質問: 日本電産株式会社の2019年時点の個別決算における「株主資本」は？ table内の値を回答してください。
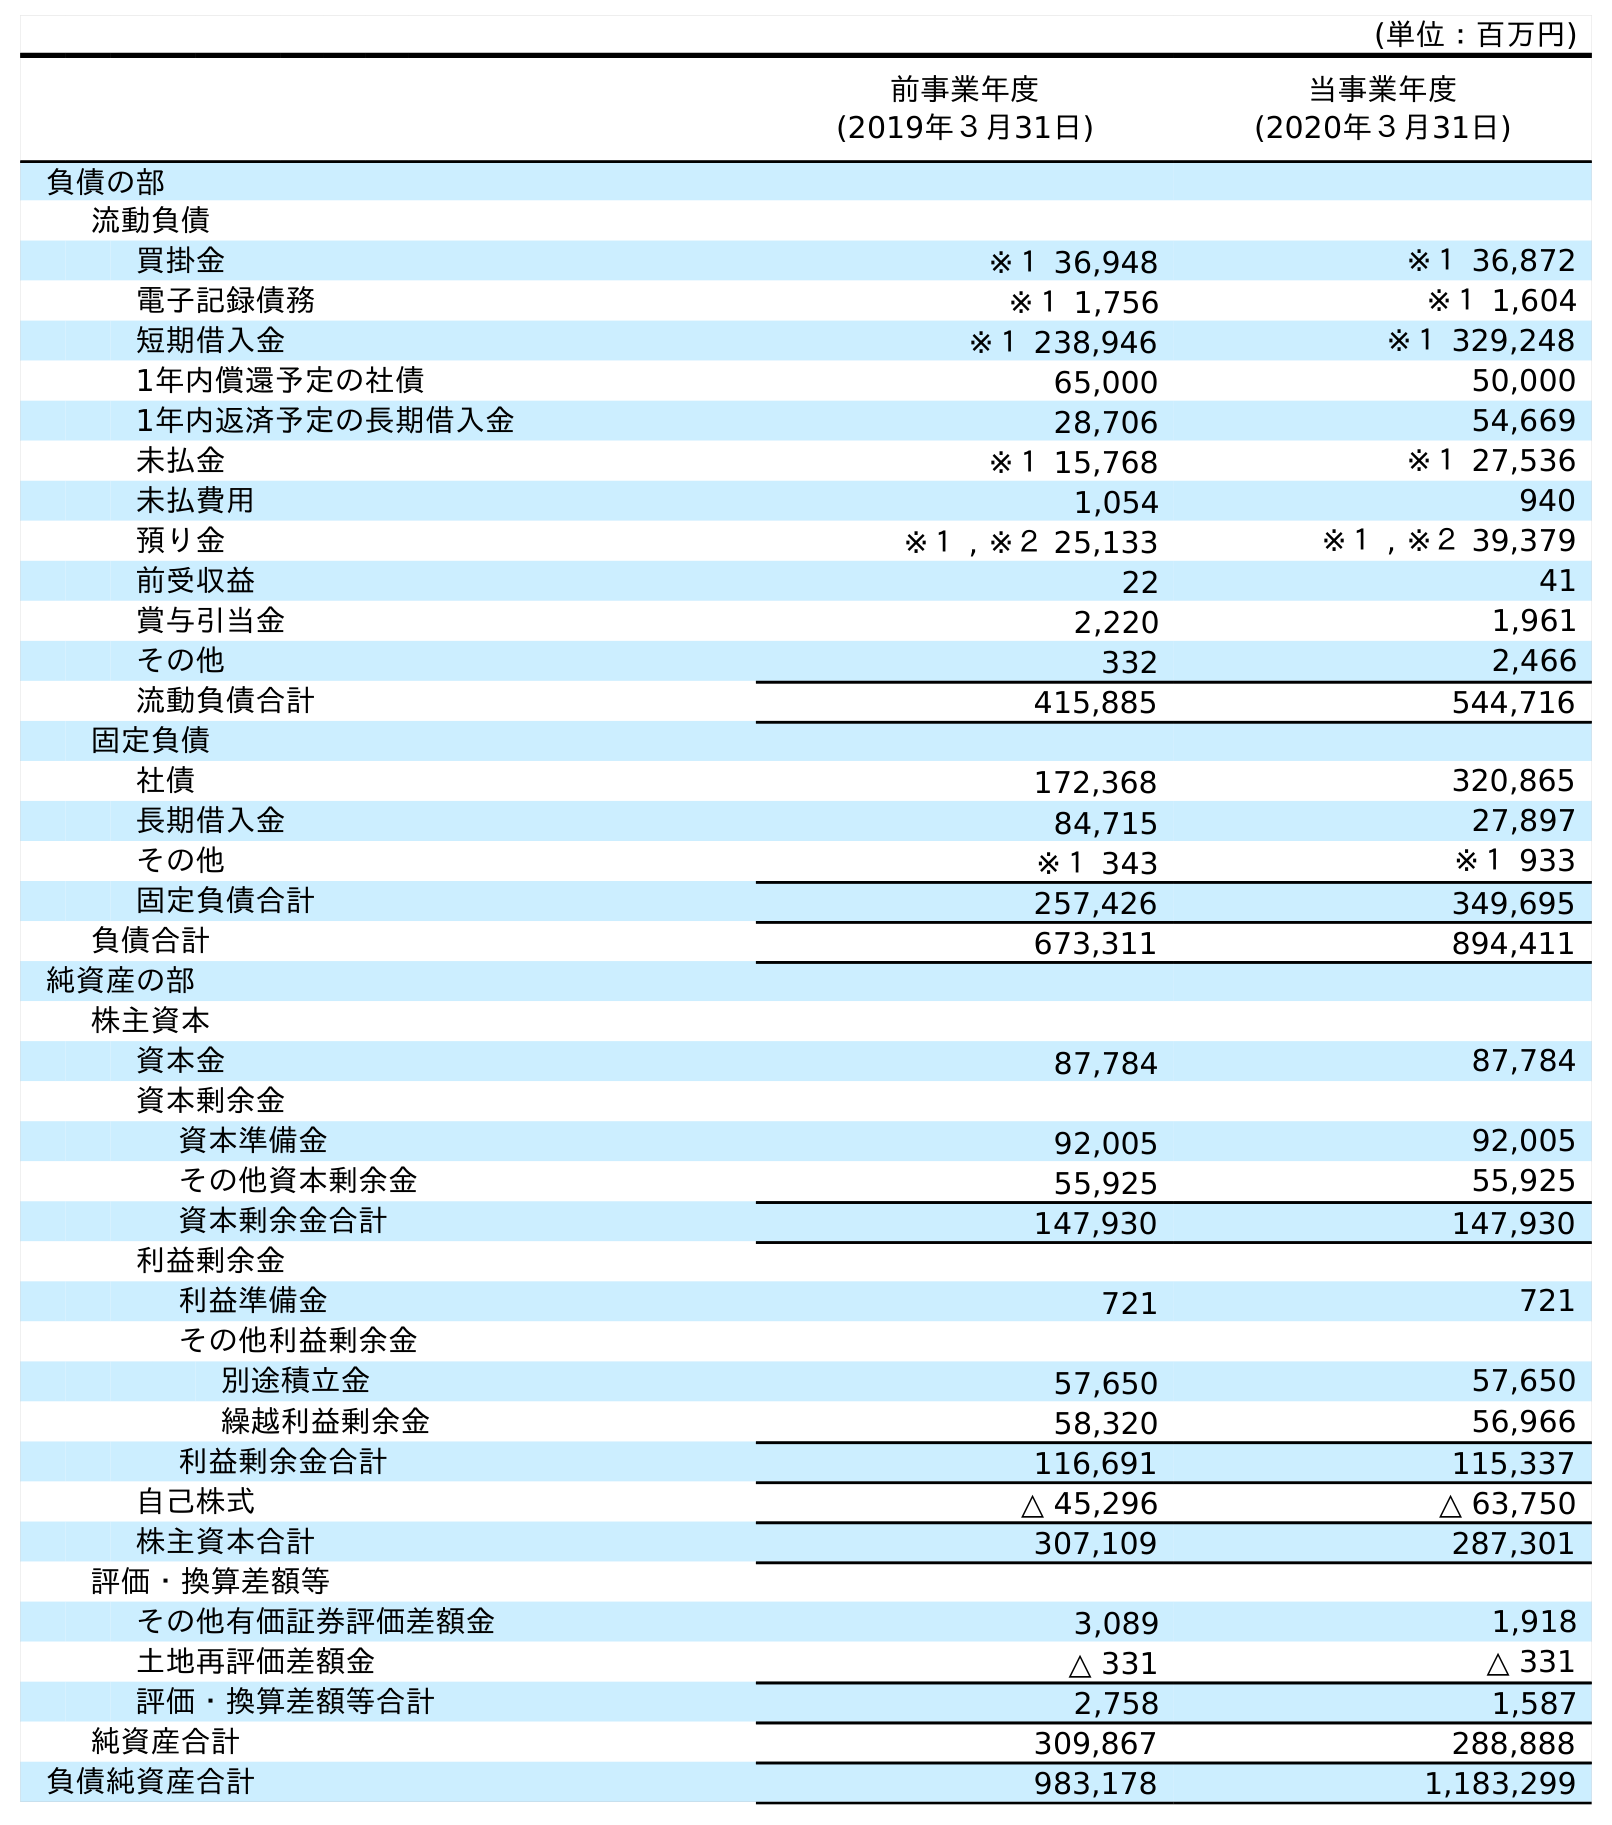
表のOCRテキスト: (単位：百万円) 前事業年度 (2019年３月31日) 当事業年度 (2020年３月31日) 負債の部 流動負債 買掛金 ※１ 36,948 ※１ 36,872 電子記録債務 ※１ 1,756 ※１ 1,604 短期借入金 ※１ 238,946 ※１ 329,248 1年内償還予定の社債 65,000 50,000 1年内返済予定の長期借入金 28,706 54,669 未払金 ※１ 15,768 ※１ 27,536 未払費用 1,054 940 預り金 ※１ , ※２ 25,133 ※１ , ※２ 39,379 前受収益 22 41 賞与引当金 2,220 1,961 その他 332 2,466 流動負債合計 415,885 544,716 固定負債 社債 172,368 320,865 長期借入金 84,715 27,897 その他 ※１ 343 ※１ 933 固定負債合計 257,426 349,695 負債合計 673,311 894,411 純資産の部 株主資本 資本金 87,784 87,784 資本剰余金 資本準備金 92,005 92,005 その他資本剰余金 55,925 55,925 資本剰余金合計 147,930 147,930 利益剰余金 利益準備金 721 721 その他利益剰余金 別途積立金 57,650 57,650 繰越利益剰余金 58,320 56,966 利益剰余金合計 116,691 115,337 自己株式 △ 45,296 △ 63,750 株主資本合計 307,109 287,301 評価・換算差額等 その他有価証券評価差額金 3,089 1,918 土地再評価差額金 △ 331 △ 331 評価・換算差額等合計 2,758 1,587 純資産合計 309,867 288,888 負債純資産合計 983,178 1,183,299
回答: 307,109